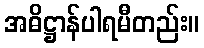
အဓိဋ္ဌာန်ပါရမီတည်း။